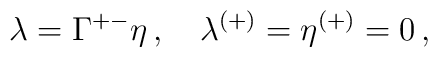
\lambda = \Gamma^{+-}\eta\, ,\quad\lambda^{(+)} = \eta^{(+)} = 0\, ,